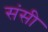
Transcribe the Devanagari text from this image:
संसी